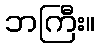
ဘကြီး။